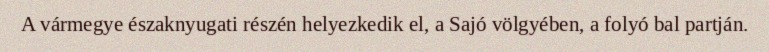
A vármegye északnyugati részén helyezkedik el, a Sajó völgyében, a folyó bal partján.